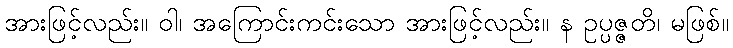
အားဖြင့်လည်း။ ဝါ၊ အကြောင်းကင်းသော အားဖြင့်လည်း။ န ဥပ္ပဇ္ဇတိ၊ မဖြစ်။